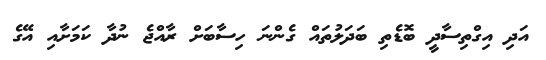
އަދި އިގްތިސާދީ ބޮޑެތި ބަދަލުތައް ގެންނަ ހިސާބަށް ރާއްޖެ ނުދާ ކަމަށާއި އޭގެ